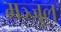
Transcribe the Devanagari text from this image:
मञ्जुल